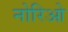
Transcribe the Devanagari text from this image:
नोरिओ